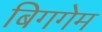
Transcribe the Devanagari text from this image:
बिगगेम